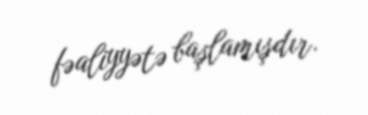
fəaliyyətə başlamışdır.